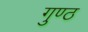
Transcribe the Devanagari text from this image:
गुण्ठ